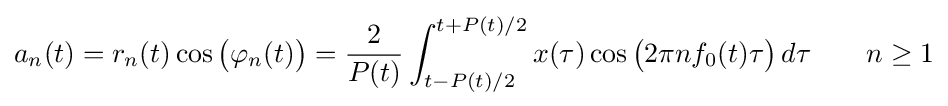
a_{n}(t)=r_{n}(t)\cos {\big (}\varphi _{n}(t){\big )}={\frac {2}{P(t)}}\int _{t-P(t)/2}^{t+P(t)/2}x(\tau )\cos {\big (}2\pi nf_{0}(t)\tau {\big )}\,d\tau \qquad n\geq 1